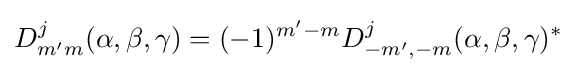
D_{m'm}^{j}(\alpha ,\beta ,\gamma )=(-1)^{m'-m}D_{-m',-m}^{j}(\alpha ,\beta ,\gamma )^{*}